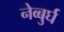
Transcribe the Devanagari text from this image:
नेव्बुर्घ